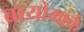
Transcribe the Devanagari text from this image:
बायोमार्क